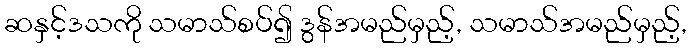
ဆနှင့်ဒသကို သမာသ်စပ်၍ ဒွန်အမည်မှည့်, သမာသ်အမည်မှည့်,